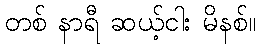
တစ် နာရီ ဆယ့်ငါး မိနစ်။